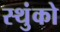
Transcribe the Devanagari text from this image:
स्थुंको